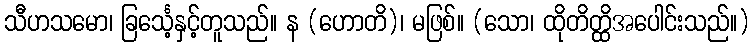
သီဟသမော၊ ခြင်္သေ့နှင့်တူသည်။ န (ဟောတိ)၊ မဖြစ်။ (သော၊ ထိုတိတ္ထိအပေါင်းသည်။)